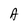
Character: A